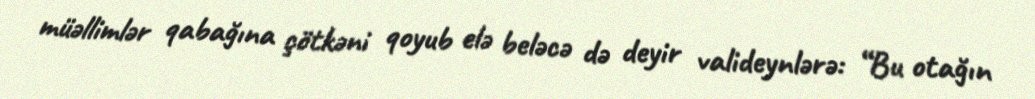
müəllimlər qabağına çötkəni qoyub elə beləcə də deyir valideynlərə: “Bu otağın